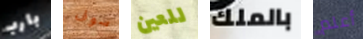
بارب سوف للعين بالملك أعلم